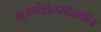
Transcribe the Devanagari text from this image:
ॠग्मंत्रोत्तरकालांत